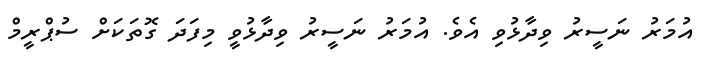
އުމަރު ނަސީރު ވިދާޅުވި އެވެ. އުމަރު ނަސީރު ވިދާޅުވީ މިފަދަ ގޮތަކަށް ސުޕްރީމް